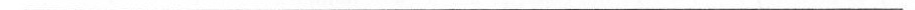
___